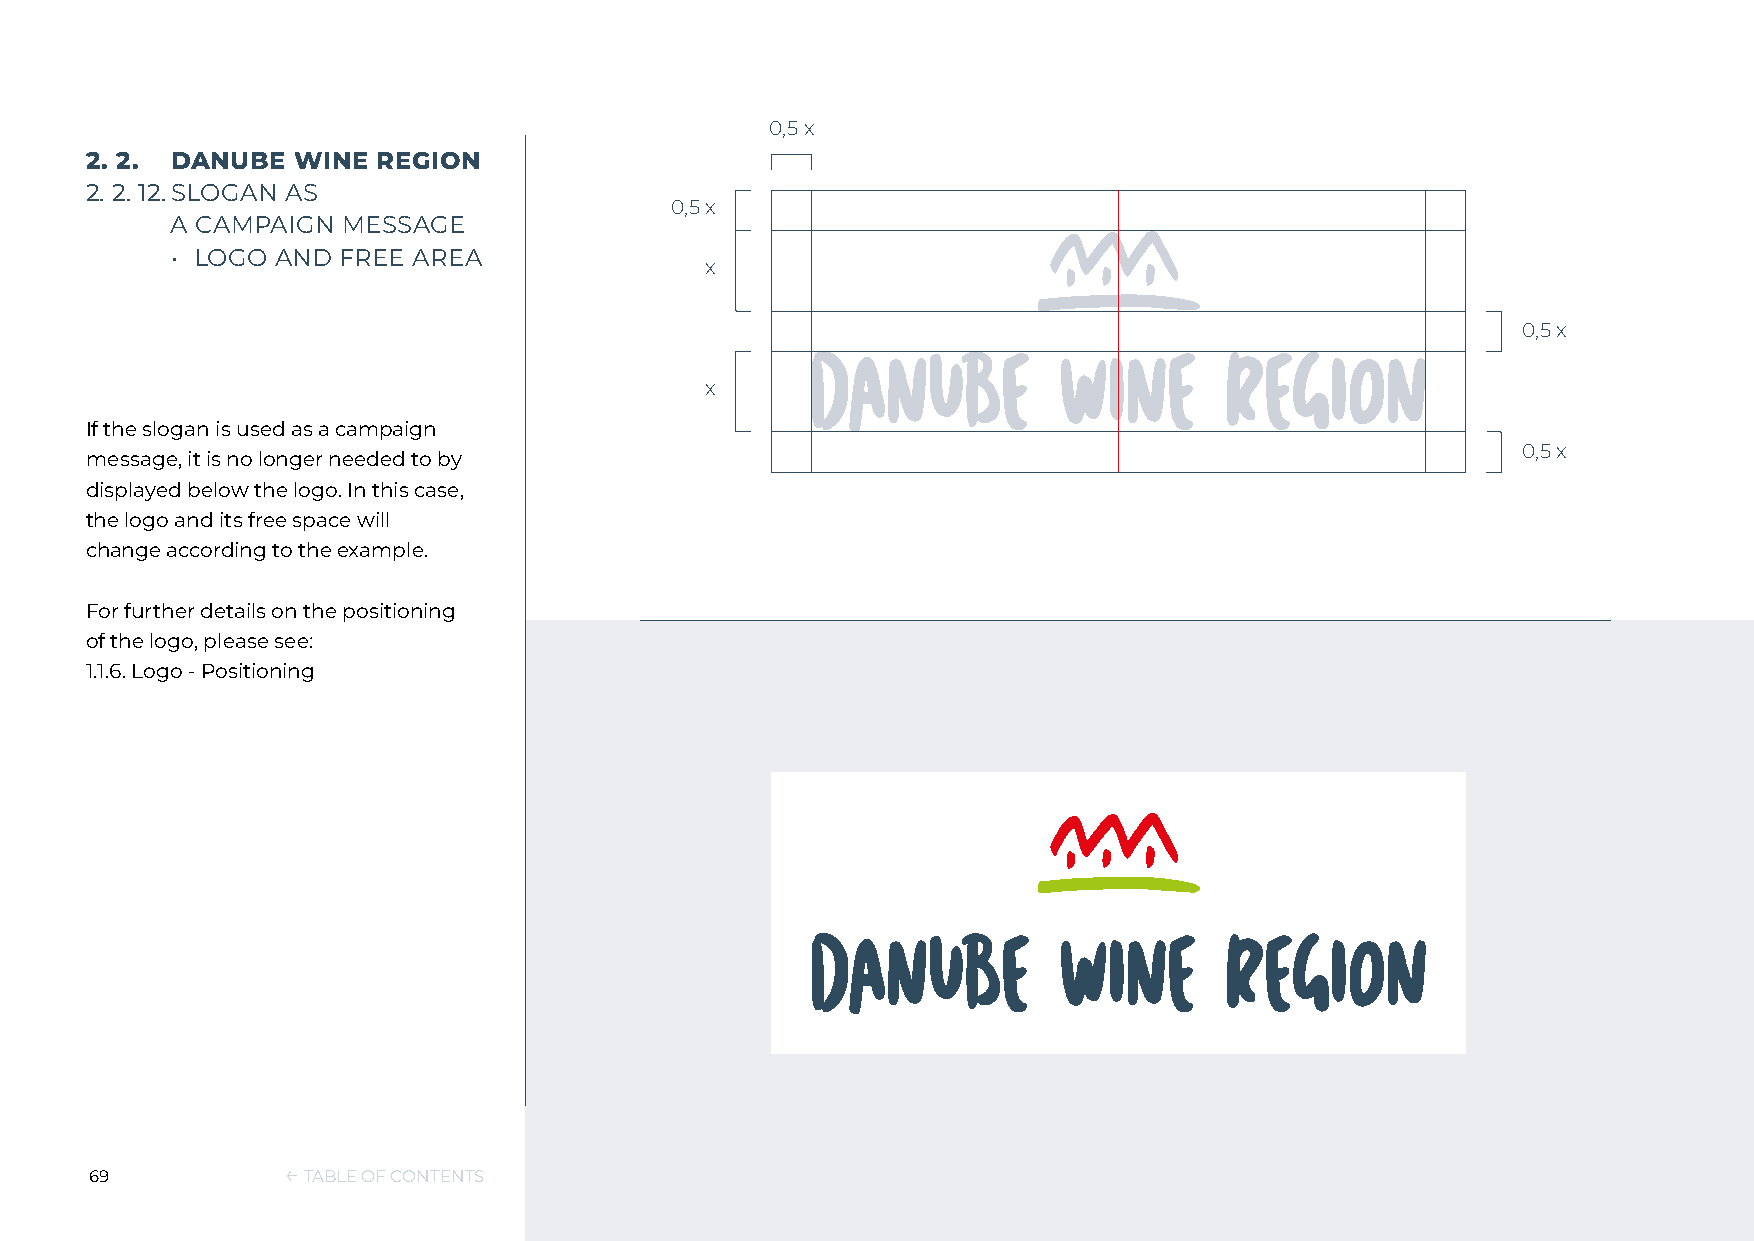
0,5 x
 2. 2. DANUBE  WINE REGION
 2. 2. 12. SLOGAN AS
 0,5 x
 A CAMPAIGN  MESSAGE
 • LOGO AND  FREE AREA
 x
 0,5 x
 x
 If the slogan is used as a campaign
 0,5 x
 message, it is no longer needed to by
 displayed below the logo. In this case,
 the logo and its free space will
 change according to the example.
 For further details on the positioning
 of the logo, please see:
 1.1.6. Logo - Positioning
 69           ← TABLE OF CONTENTS